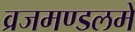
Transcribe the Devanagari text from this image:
व्रजमण्डलमें